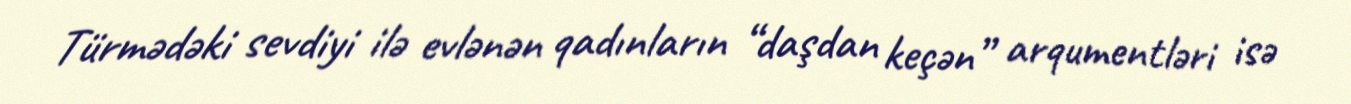
Türmədəki sevdiyi ilə evlənən qadınların “daşdan keçən” arqumentləri isə